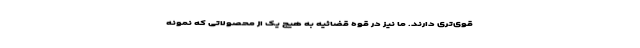
قوی‌تری دارند. ما نیز در قوه قضائیه به هیچ یک از محصولاتی که نمونه